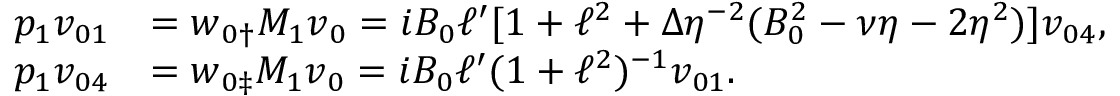
\begin{array} { r l } { p _ { 1 } v _ { 0 1 } } & { = \boldsymbol { w } _ { 0 \dag } M _ { 1 } \boldsymbol { v } _ { 0 } = i B _ { 0 } \ell ^ { \prime } [ 1 + \ell ^ { 2 } + \Delta \eta ^ { - 2 } ( B _ { 0 } ^ { 2 } - \nu \eta - 2 \eta ^ { 2 } ) ] v _ { 0 4 } , } \\ { p _ { 1 } v _ { 0 4 } } & { = \boldsymbol { w } _ { 0 \ddag } M _ { 1 } \boldsymbol { v } _ { 0 } = i B _ { 0 } \ell ^ { \prime } ( 1 + \ell ^ { 2 } ) ^ { - 1 } v _ { 0 1 } . } \end{array}